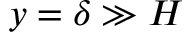
y = \delta \gg H